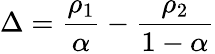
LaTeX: \Delta=\frac{\rho_{1}}{\alpha}-\frac{\rho_{2}}{1-\alpha}